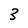
Character: 3